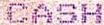
CASH